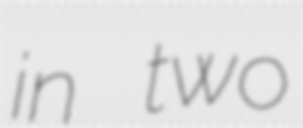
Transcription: in two